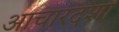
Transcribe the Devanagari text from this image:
आचारदशा